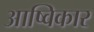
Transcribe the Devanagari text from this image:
आष्विकार